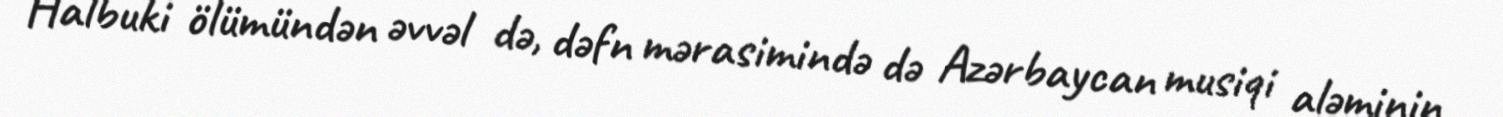
Halbuki ölümündən əvvəl də, dəfn mərasimində də Azərbaycan musiqi aləminin